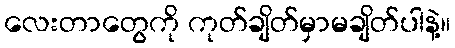
လေးတာတွေကို ကုတ်ချိတ်မှာမချိတ်ပါနဲ့။